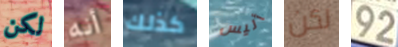
لكن أنه كذلك أليس لكن 92